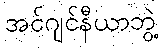
အင်ဂျင်နီယာဘွဲ့